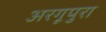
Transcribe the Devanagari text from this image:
अरगूपुरा